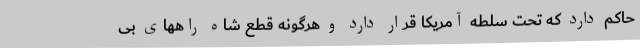
حاکم دارد که تحت سلطه آمریکا قرار دارد و هرگونه قطع شاه راههای بی